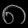
Digit: ၈